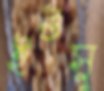
ইউসু